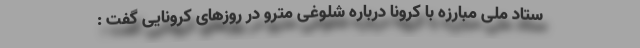
ستاد ملی مبارزه با کرونا درباره شلوغی مترو در روزهای کرونایی گفت :